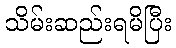
သိမ်းဆည်းရမိပြီး